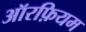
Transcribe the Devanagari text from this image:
ऑरफ़ियम